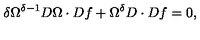
\delta \Omega ^ { \delta - 1 } D \Omega \cdot D f + \Omega ^ { \delta } D \cdot D f = 0 ,